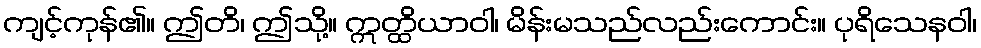
ကျင့်ကုန်၏။ ဤတိ၊ ဤသို့။ ဣတ္ထိယာဝါ၊ မိန်းမသည်လည်းကောင်း။ ပုရိသေနဝါ၊